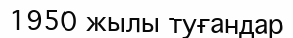
1950 жылы туғандар